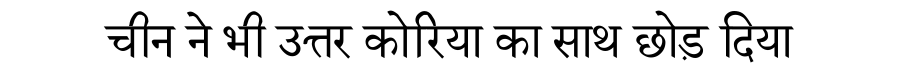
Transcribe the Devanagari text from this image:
चीन ने भी उत्तर कोरिया का साथ छोड़ दिया